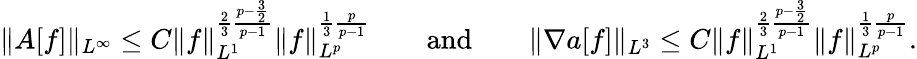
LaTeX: \| A[f]\| _{L^{\infty}}\le C\| f\| _{L^{1}}^{\frac{2}{3}\frac{p-\frac{3}{2}}{p-1}}\| f\| _{L^{p}}^{\frac{1}{3}\frac{p}{p-1}}\qquad\mathrm{and}\qquad\| \nabla a[f]\| _{L^{3}}\le C\| f\| _{L^{1}}^{\frac{2}{3}\frac{p-\frac{3}{2}}{p-1}}\| f\| _{L^{p}}^{\frac{1}{3}\frac{p}{p-1}}.